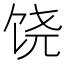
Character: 饶